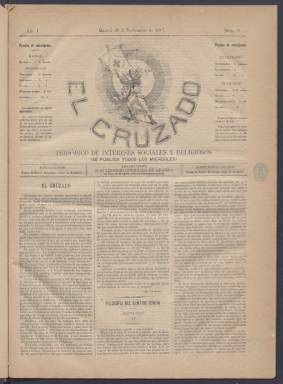
Título: El Cruzado (Madrid)
Colección: Periódicos
Ámbito geográfico: Madrid
Lugar de publicación: Madrid
Fechas: 30/11/1887-19/01/1889

Semanario carlista ultracatólico que llevaba por subtítulo el de Periódico de intereses sociales y religiosos. Apareció en el otoño de 1887 y se prolongó hasta 1889. La colección de la Biblioteca Nacional de España está incompleta. Faltan los siete primeros números además de los últimos, que forman parte de una segunda etapa. También suspendió su publicación durante tres meses a partir de julio de 1888.

  Haciendo honor a su nombre el periódico, de cuatro páginas, ilustraba su cabecera con un guerrero cristiano de las Cruzadas enarbolando el estandarte de la Cruz. Su contenido estaba dedicado a la propaganda católica, a defender de los ataques al clero y a combatir a los periódicos laicos o republicanos.

  El Cruzado estaba dirigido por Leoncio González de Granda, militar que fue el primer oficial del Ejército en alzarse en armas para reivindicar el trono para Carlos de Borbón y Austria-Este (Carlos VII) tras el destronamiento de la reina Isabel II en 1868. Luchó en la III guerra carlista y al final de la misma en 1876 se exilió en Francia. Años después regresó a España para seguir luchando por el carlismo en la prensa.

  González de Granda fundó en 1882 junto con Rafael Balanzátegui el periódico El Cabecilla, que tuvo gran aceptación. Coincidió durante algunos años con El Cruzado, que se distribuía gratuitamente a los suscriptores de El Cabecilla, aunque también podía adquirirse por separado.

  El Cruzado tenía algunas secciones fijas como las tituladas ‘Montón de frutos laicos’ y ‘Manojo de flores místicas’. Sus artículos de fondo estaban siempre orientados por las encíclicas papales. Aunque casi todos los trabajos eran anónimos o firmados con iniciales contaba con colaboradores como Valentín de Novoa, Antonio de Gándara y Martín Bretón Segura.

  En una reseña del Boletín Eclesiástico de Madrid de 1888 se definía así a El Cruzado: ‘Tiene por principal objeto rectificar los falsos conceptos y calumnias que con frecuencia publican los periódicos sectarios contra respetables personas, asociaciones y, sobre todo, contra celosos sacerdotes para extraviar la opinión de las gentes sencillas’.

  Parte de la información de este artículo se ha confeccionado con datos del libro ‘Apuntes bibliográficos de la prensa carlista’, de José Navarro Cabanes, publicado en 1917 y que está disponible en abierto en internet

[Descripción publicada el 20/09/2024]